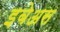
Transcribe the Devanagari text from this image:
इबेअस